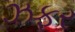
ઝફર